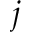
j